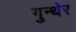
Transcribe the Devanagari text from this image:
गुन्थेर